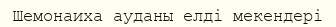
Шемонаиха ауданы елді мекендері